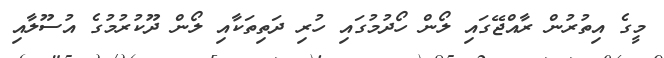
މީގެ އިތުރުން ރާއްޖޭގައި ލޯން ހޯދުމުގައި ހުރި ދަތިތަކާއި ލޯން ދޫކުރުމުގެ އުސޫލާއި